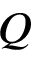
Q